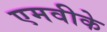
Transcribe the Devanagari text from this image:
एमवीके